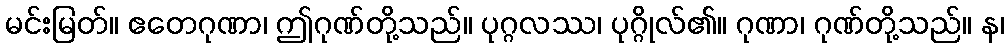
မင်းမြတ်။ ဧတေဂုဏာ၊ ဤဂုဏ်တို့သည်။ ပုဂ္ဂလဿ၊ ပုဂ္ဂိုလ်၏။ ဂုဏာ၊ ဂုဏ်တို့သည်။ န၊